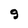
Character: 9